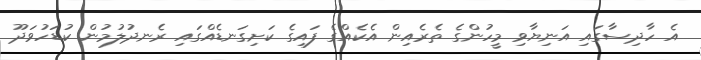
އެ ހާދިސާގައި އަނިޔާވި މީހުންގެ ތެރެއިން އެކެއްގެ ފައިގެ ކަށިގަނޑެއްގައި ރެނދުލުމުން ކުޑަހުވަދޫ